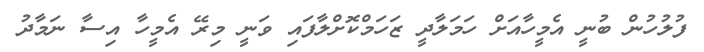
ފުލުހުން ބުނީ އެމީހާއަށް ހަމަލާދީ ޒަހަމްކޮށްލާފައި ވަނީ މިރޭ އެމީހާ އިސާ ނަމާދު